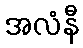
အလံနီ